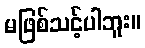
မဖြစ်သင့်ပါဘူး။